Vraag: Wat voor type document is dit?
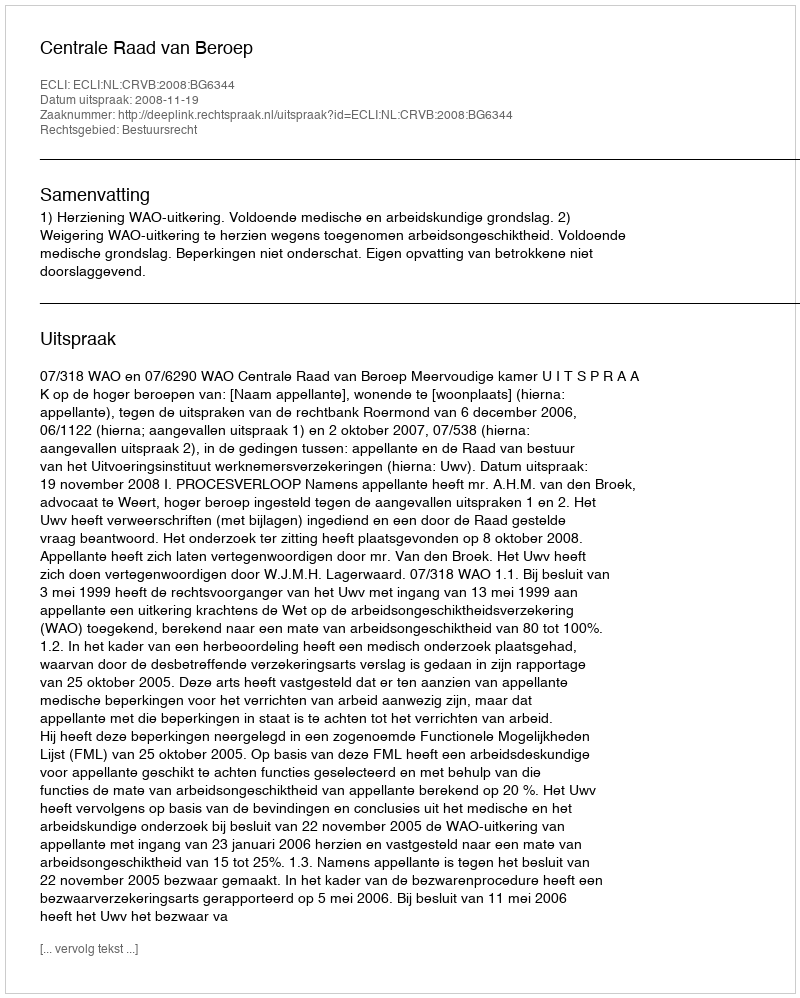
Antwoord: Uitspraak